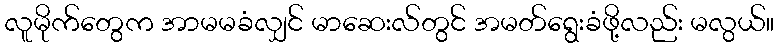
လူမိုက်တွေက အာမမခံလျှင် မာဆေးလ်တွင် အမတ်ရွေးခံဖို့လည်း မလွယ်။